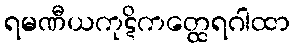
ရမဏီယကုဋိကတ္ထေရဂါထာ